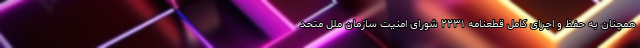
همچنان به حفظ و اجرای کامل قطعنامه ۲۲۳۱ شورای امنیت سازمان ملل متحد